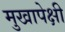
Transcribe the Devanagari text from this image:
मुखापेक्षी